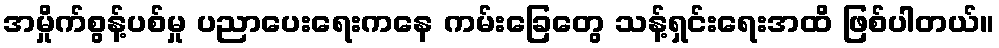
အမှိုက်စွန့်ပစ်မှု ပညာပေးရေးကနေ ကမ်းခြေတွေ သန့်ရှင်းရေးအထိ ဖြစ်ပါတယ်။